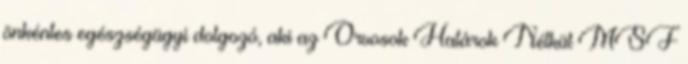
önkéntes egészségügyi dolgozó, aki az Orvosok Határok Nélkül MSF